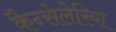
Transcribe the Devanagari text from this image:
कैन्सेलेरिया